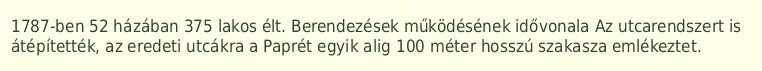
1787-ben 52 házában 375 lakos élt. Berendezések működésének idővonala Az utcarendszert is átépítették, az eredeti utcákra a Paprét egyik alig 100 méter hosszú szakasza emlékeztet.